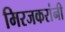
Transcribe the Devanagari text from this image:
मिरजकरांनी